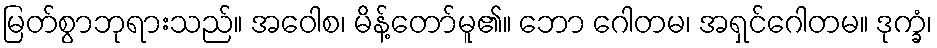
မြတ်စွာဘုရားသည်။ အဝေါစ၊ မိန့်တော်မူ၏။ ဘော ဂေါတမ၊ အရှင်ဂေါတမ။ ဒုက္ခံ၊